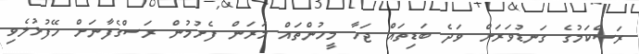
ރަސްކަމުގެ ގަނޑުވަރަށް ވަދެ ބަޑިތައް ޖަހާ މީހުންތައް މަރަން ފެށުމުން ރަސްގެފާނަށް ހޭފުޅުލެވި